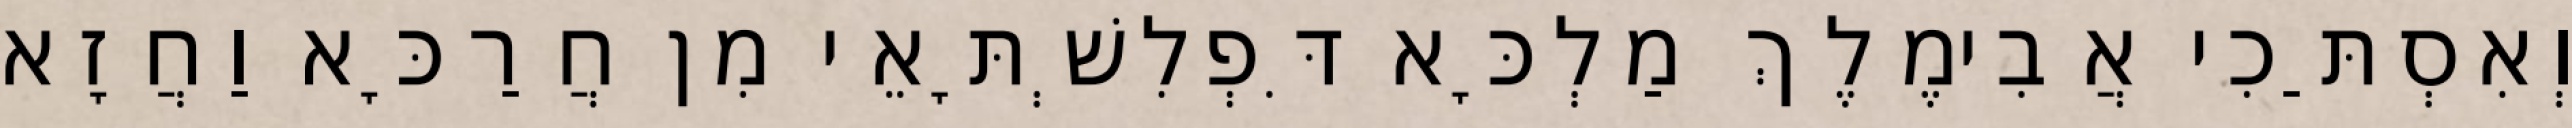
וְאִסְתַּכִי אֲבִימֶלֶךְ מַלְכָּא דִּפְלִשְׁתָּאֵי מִן חֲרַכָּא וַחֲזָא